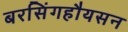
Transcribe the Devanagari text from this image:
बरसिंगहौयसन